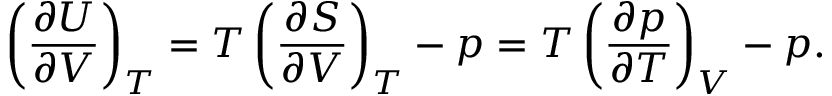
\left( { \frac { \partial U } { \partial V } } \right) _ { T } = T \left( { \frac { \partial S } { \partial V } } \right) _ { T } - p = T \left( { \frac { \partial p } { \partial T } } \right) _ { V } - p .